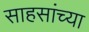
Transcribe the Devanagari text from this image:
साहसांच्या